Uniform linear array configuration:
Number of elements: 8
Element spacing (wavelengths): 1
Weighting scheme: hamming
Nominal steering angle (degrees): -15
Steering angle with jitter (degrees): -15.809
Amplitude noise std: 0.05
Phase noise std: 0.05

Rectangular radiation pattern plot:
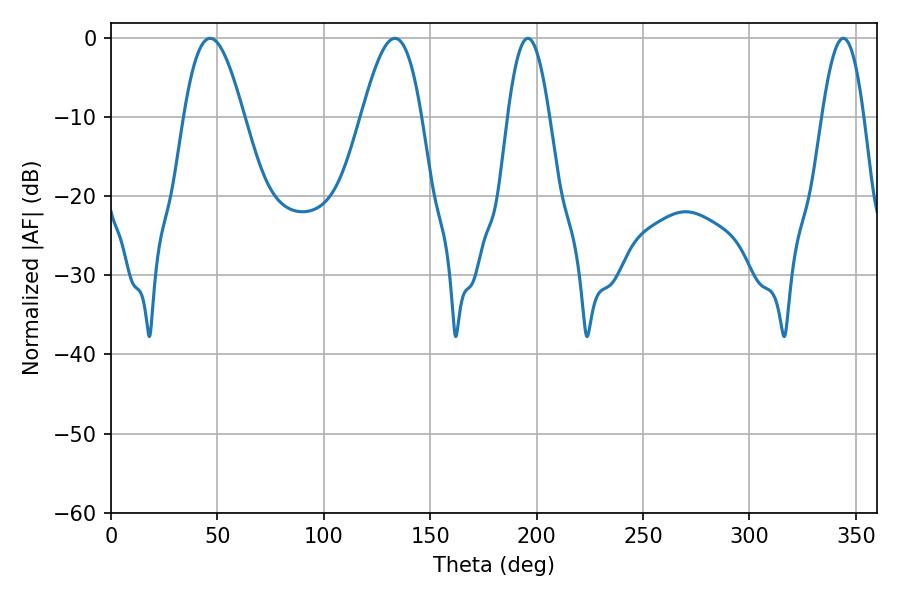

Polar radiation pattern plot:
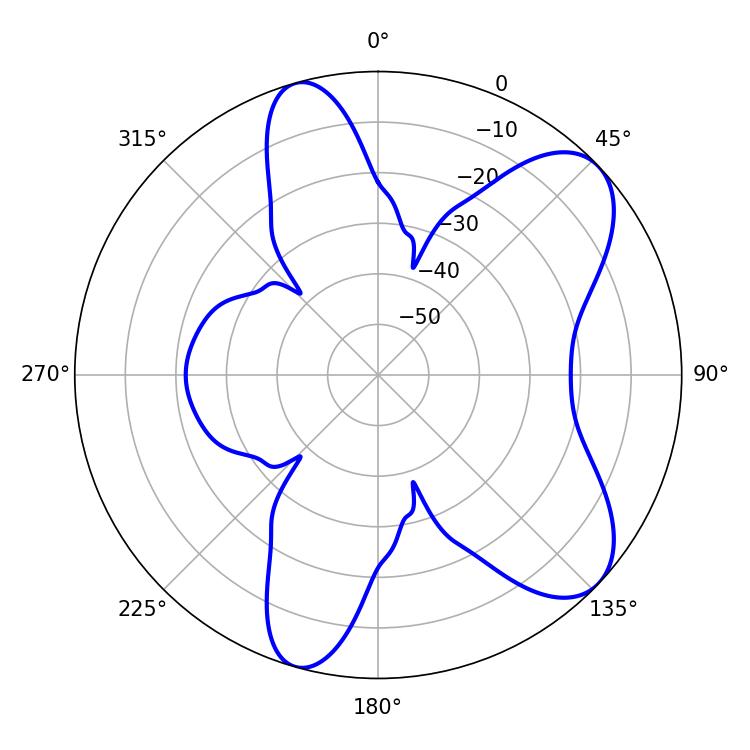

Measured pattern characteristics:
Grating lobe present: TRUE
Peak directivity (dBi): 7.995
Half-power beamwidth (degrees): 15.12
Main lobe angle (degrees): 46.62